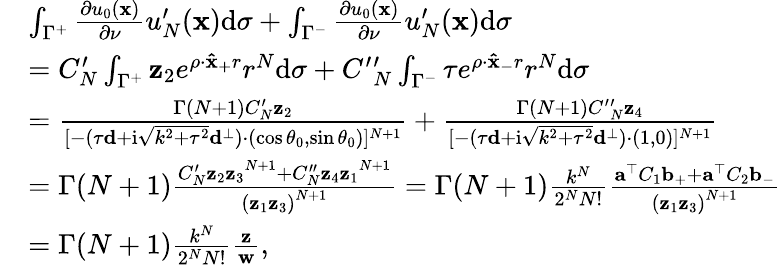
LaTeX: \begin{array}{rl}&{\int_{{\Gamma^{+}}}{{\frac{\partial{u_{0}}({\mathbf{x}})}{\partial\nu}}}{u_{N}^{\prime}}({\mathbf{x}})\mathrm{{d}}\sigma+\int_{{\Gamma^{-}}}{{\frac{\partial{u_{0}}({\mathbf{x}})}{\partial\nu}}}{u_{N}^{\prime}}({\mathbf{x}}){\mathrm{d}}\sigma}\\ &{=C_{N}^{\prime}\int_{\Gamma^{+}}{\mathbf z_{2}e^{\rho\cdot\mathbf{\hat{x}_{+}}r}{r^{N}}\mathrm{{d}}\sigma}+C^{\prime}{'_{N}}\int_{\Gamma^{-}}\tau{e^{\rho\cdot\mathbf{\hat{x}_{-}}r}}{r^{N}}{\mathrm{d}}\sigma}\\ &{={\frac{{\Gamma(N+1)}C_{N}^{\prime}{\mathbf z_{2}}}{{[-(\tau\mathbf{d}+\mathrm{i}\sqrt{{k^{2}}+{\tau^{2}}}{\mathbf{d}^{\bot}})\cdot(\cos{\theta_{0}},\sin{\theta_{0}})]^{N+1}}}}+{\frac{{\Gamma(N+1)}C^{\prime}{^{\prime}_{N}}\mathbf z_{4}}{[{-(\tau\mathbf{d}+\mathrm{i}\sqrt{{k^{2}}+{\tau^{2}}}{\mathbf{d}^{\bot}})\cdot(1,0)}]^{N+1}}}}\\ &{={\Gamma(N+1)}\frac{{{{{C_{N}^{\prime}\mathbf z_{2}\mathbf z_{3}}^{N+1}}+{{C_{N}^{\prime\prime}\mathbf z_{4}\mathbf z_{1}}^{N+1}}}}}{{{{{\left({\mathbf z_{1}\mathbf z_{3}}\right)}^{N+1}}}}}={\Gamma(N+1)}\frac{{{k^{N}}}}{{{2^{N}}N!}}\frac{{{{{\mathbf{a}^{\top}C_{1}\mathbf{b}_{+}}}+\mathbf{a}^{\top}C_{2}\mathbf{b}_{-}}}}{{{{{\left({\mathbf{z}_{1}\mathbf z_{3}}\right)}^{N+1}}}}}}\\ &{={\Gamma(N+1)}\frac{{{k^{N}}}}{{{2^{N}}N!}}\frac{\mathbf z}{\mathbf w},}\end{array}